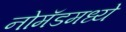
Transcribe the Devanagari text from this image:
नोमॅडमध्ये